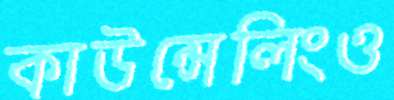
কাউন্সেলিংও